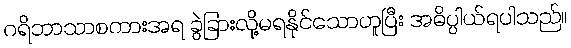
ဂရိဘာသာစကားအရ ခွဲခြားလို့မရနိုင်သောဟူပြီး အဓိပ္ပါယ်ရပါသည်။